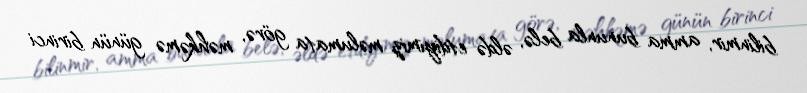
bilinmir, amma bununla belə, əldə etdiyimiz məlumata görə, məhkəmə günün birinci